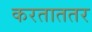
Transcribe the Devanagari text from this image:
करताततर